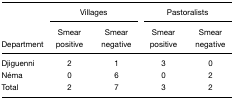
<table><thead><tr><td></td><td colspan="2"><b>Villages</b></td><td colspan="2"><b>Pastoralists</b></td></tr><tr><td><b>Department</b></td><td><b>Smear positive</b></td><td><b>Smear negative</b></td><td><b>Smear positive</b></td><td><b>Smear negative</b></td></tr></thead><tbody><tr><td>Djiguenni</td><td>2</td><td>1</td><td>3</td><td>0</td></tr><tr><td>Néma</td><td>0</td><td>6</td><td>0</td><td>2</td></tr><tr><td>Total</td><td>2</td><td>7</td><td>3</td><td>2</td></tr></tbody></table>